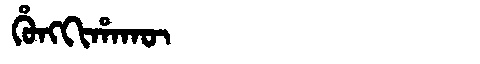
Manchu: ᡥᡠᠩᡴᡳᡥᠠᡴᡡ
Romanization: HUNGKIHAKŪ